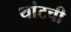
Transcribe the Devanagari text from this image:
थांटची